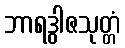
ဘာရဒွါဇသုတ္တံ